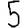
Digit: 5